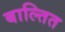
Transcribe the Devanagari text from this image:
बाल्तित